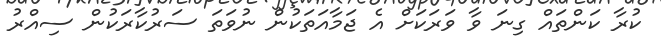
ކުރާ ކަންތައް ގިނަ ވާ ވަރަކަށް އެ ޖަމާއަތަކުން ނުވަތަ ސަރުކާރަކުން ސިއްރު